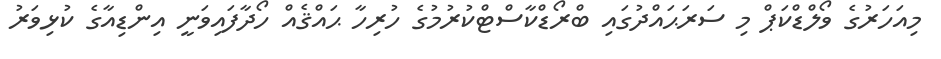
މިއަހަރުގެ ވޯލްޑްކަޕް މި ސަރަޙައްދުގައި ބްރޯޑްކާސްޓްކުރުމުގެ ހުރިހާ ޙައްޤެއް ހޯދާފައިވަނީ އިންޑިއާގެ ކުޅިވަރު